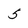
Character: 5